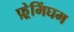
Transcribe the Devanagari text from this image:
फ़्रेमिंघम